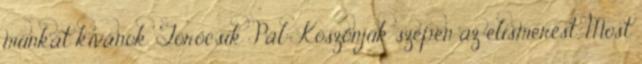
munkát kívánok. Törőcsik Pál: Köszönjük szépen az elismerést. Most